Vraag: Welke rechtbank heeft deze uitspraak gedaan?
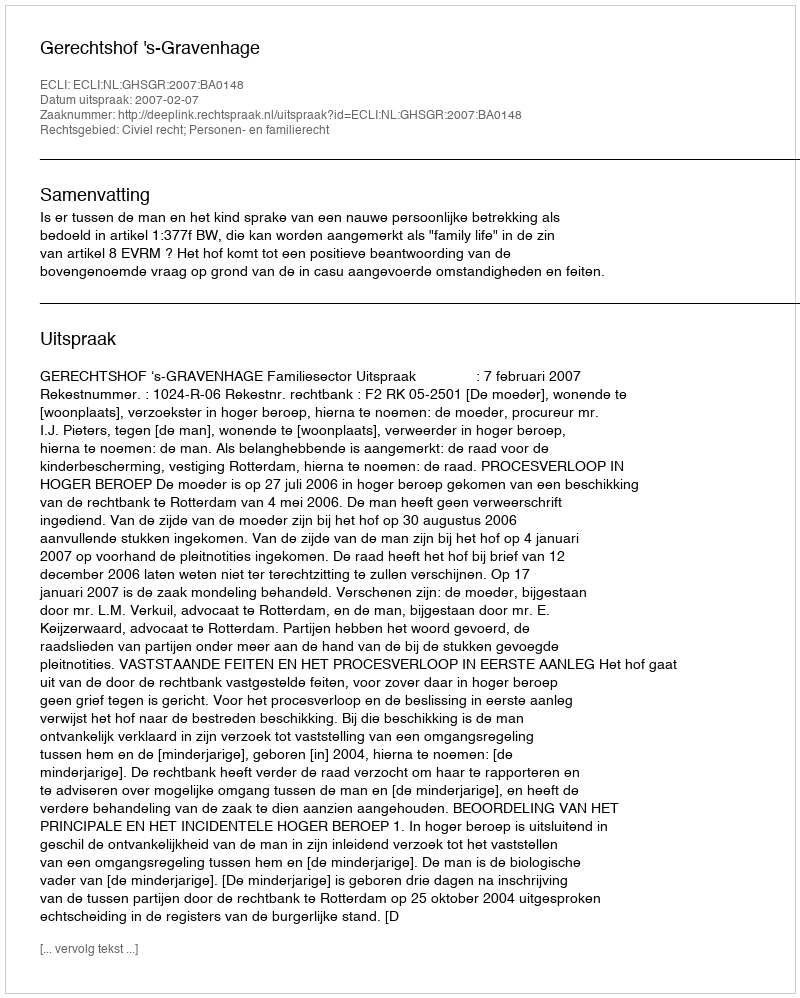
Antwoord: Gerechtshof 's-Gravenhage